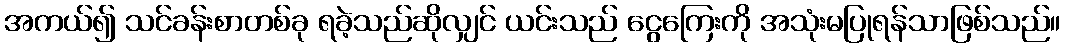
အကယ်၍ သင်ခန်းစာတစ်ခု ရခဲ့သည်ဆိုလျှင် ယင်းသည် ငွေကြေးကို အသုံးမပြုရန်သာဖြစ်သည်။